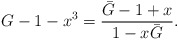
\begin{align*}G -1- x^3 = \frac{\bar{G}-1+x}{1-x\bar{G}}.\end{align*}